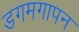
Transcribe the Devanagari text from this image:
डगमगापन